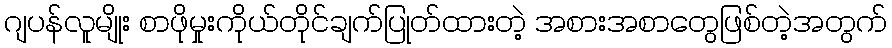
ဂျပန်လူမျိုး စာဖိုမှုးကိုယ်တိုင်ချက်ပြုတ်ထားတဲ့ အစားအစာတွေဖြစ်တဲ့အတွက်